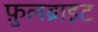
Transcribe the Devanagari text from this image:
फ़ुलब्राइट